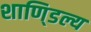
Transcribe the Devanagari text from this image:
शाणि्डल्य